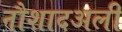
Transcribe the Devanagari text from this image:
नौशादअली